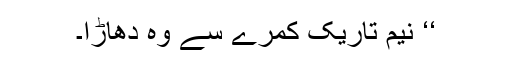
‘‘ نیم تاریک کمرے سے وہ دھاڑا۔